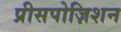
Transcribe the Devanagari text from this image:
प्रीसपोज़िशन